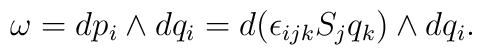
\omega = d p_i \wedge d q_i = d(\epsilon_{ijk} S_j q_k) \wedge d q_i.